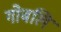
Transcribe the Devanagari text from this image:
गोबलि